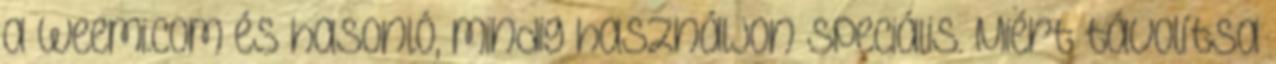
a Weemi.com és hasonló, mindig használjon speciális. Miért távolítsa